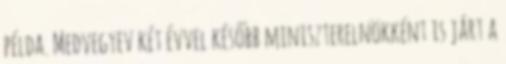
példa. Medvegyev két évvel később miniszterelnökként is járt a